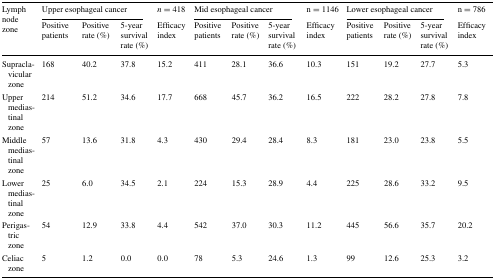
| <ROWSPAN=2> Lymph node zone | <COLSPAN=3> Upper esophageal cancer | n = 418 | <COLSPAN=3> Mid esophageal cancer | n = 1146 | <COLSPAN=3> Lower esophageal cancer | n = 786 |
 | Positive patients | Positive rate (%) | 5-year survival rate (%) | Efficacy index | Positive patients | Positive rate (%) | 5-year survival rate (%) | Efficacy index | Positive patients | Positive rate (%) | 5-year survival rate (%) | Efficacy index |
 | --- | --- | --- | --- | --- | --- | --- | --- | --- | --- | --- | --- | --- |
 | Supraclavicular zone | 168 | 40.2 | 37.8 | 15.2 | 411 | 28.1 | 36.6 | 10.3 | 151 | 19.2 | 27.7 | 5.3 |
 | Upper mediastinal zone | 214 | 51.2 | 34.6 | 17.7 | 668 | 45.7 | 36.2 | 16.5 | 222 | 28.2 | 27.8 | 7.8 |
 | Middle mediastinal zone | 57 | 13.6 | 31.8 | 4.3 | 430 | 29.4 | 28.4 | 8.3 | 181 | 23.0 | 23.8 | 5.5 |
 | Lower mediastinal zone | 25 | 6.0 | 34.5 | 2.1 | 224 | 15.3 | 28.9 | 4.4 | 225 | 28.6 | 33.2 | 9.5 |
 | Perigastric zone | 54 | 12.9 | 33.8 | 4.4 | 542 | 37.0 | 30.3 | 11.2 | 445 | 56.6 | 35.7 | 20.2 |
 | Celiac zone | 5 | 1.2 | 0.0 | 0.0 | 78 | 5.3 | 24.6 | 1.3 | 99 | 12.6 | 25.3 | 3.2 |